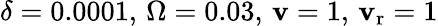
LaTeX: \delta=0.0001,\, \Omega=0.03,\, \mathbf{v}=1,\, \mathbf{v}_{\mathrm{{r}}}=1